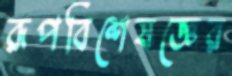
রূপবিশেষজ্ঞের